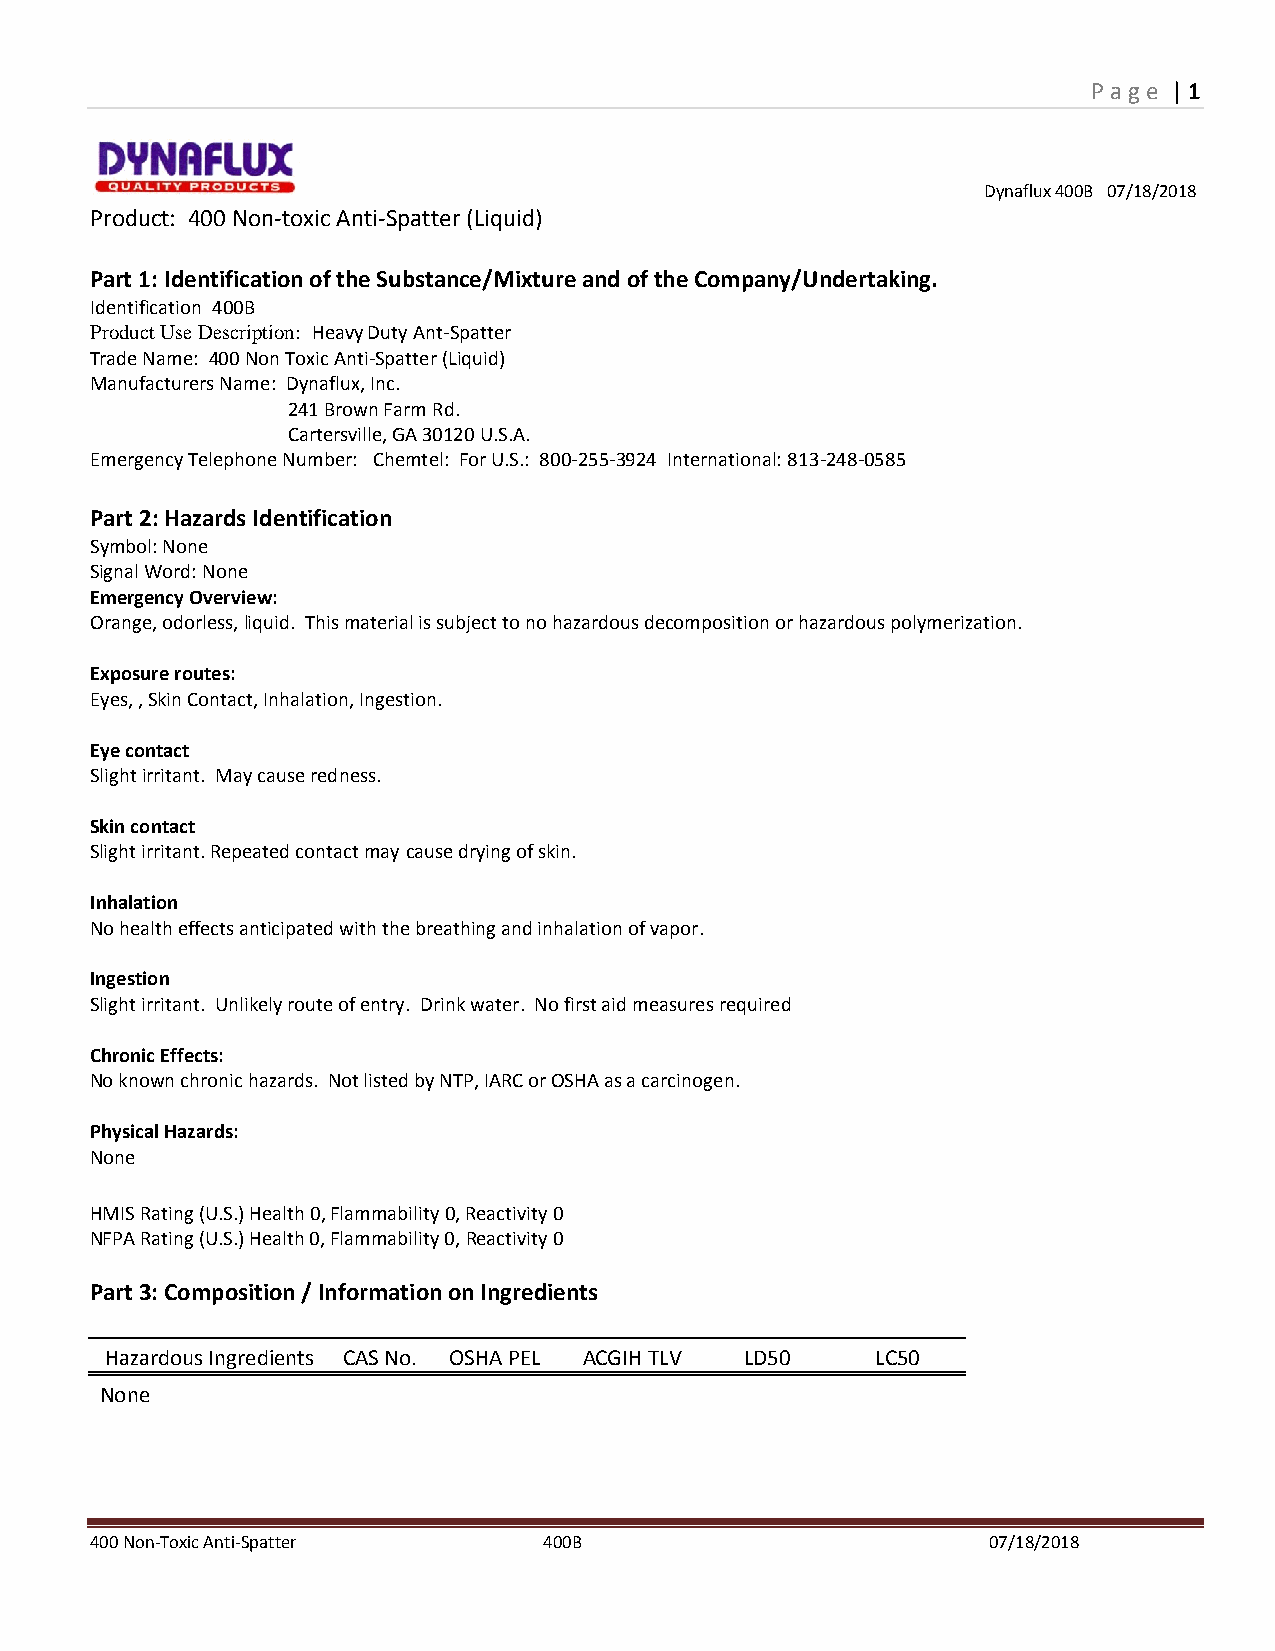
P age | 1
 Dynaflux 400B 07/18/2018
 Product: 400 Non-toxic Anti-Spatter (Liquid)
 Part 1: Identification of the Substance/Mixture and of the Company/Undertaking.
 Identification 400B
 Product Use Description: Heavy Duty Ant-Spatter
 Trade Name: 400 Non Toxic Anti-Spatter (Liquid)
 Manufacturers Name: Dynaflux, Inc.
 241 Brown Farm Rd.
 Cartersville, GA 30120 U.S.A.
 Emergency Telephone Number: Chemtel: For U.S.: 800-255-3924 International: 813-248-0585
 Part 2: Hazards Identification
 Symbol: None
 Signal Word: None
 Emergency Overview:
 Orange, odorless, liquid. This material is subject to no hazardous decomposition or hazardous polymerization.
 Exposure routes:
 Eyes, , Skin Contact, Inhalation, Ingestion.
 Eye contact
 Slight irritant. May cause redness.
 Skin contact
 Slight irritant. Repeated contact may cause drying of skin.
 Inhalation
 No health effects anticipated with the breathing and inhalation of vapor.
 Ingestion
 Slight irritant. Unlikely route of entry. Drink water. No first aid measures required
 Chronic Effects:
 No known chronic hazards. Not listed by NTP, IARC or OSHA as a carcinogen.
 Physical Hazards:
 None
 HMIS Rating (U.S.) Health 0, Flammability 0, Reactivity 0
 NFPA Rating (U.S.) Health 0, Flammability 0, Reactivity 0
 Part 3: Composition / Information on Ingredients
 Hazardous Ingredients CAS No. OSHA PEL ACGIH TLV LD50 LC50
 None
 400 Non-Toxic Anti-Spatter    400B                         07/18/2018